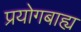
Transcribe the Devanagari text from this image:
प्रयोगबाह्य